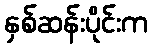
နှစ်ဆန်းပိုင်းက